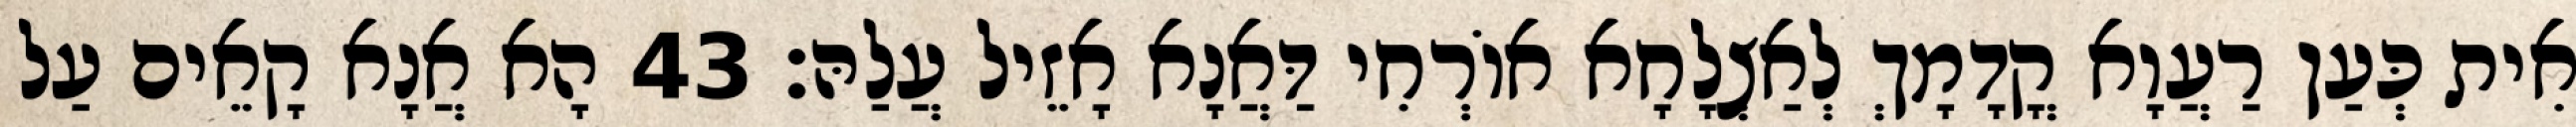
אִית כְּעַן רַעֲוָא קֳדָמָךְ לְאַצְלָחָא אוֹרְחִי דַּאֲנָא אָזֵיל עֲלַהּ׃ 43 הָא אֲנָא קָאֵים עַל